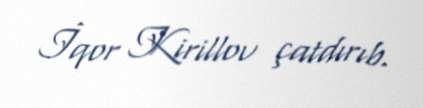
İqor Kirillov çatdırıb.